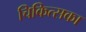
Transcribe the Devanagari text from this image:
चिकित्सका